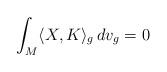
LaTeX: \begin{align*}\int_M\langle X,K\rangle_g\,dv_g=0\end{align*}